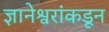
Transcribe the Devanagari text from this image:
ज्ञानेश्वरांकडून